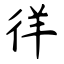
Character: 徉